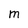
Character: M